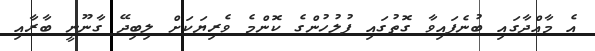
އެ މާއްދާގައި ބުނެފައިވާ ގޮތުގައި ފުލުހުންގެ ކޮންމެ ވެރިޔަކަށް ލިބިދޭ ގާނޫނީ ބާރާއި